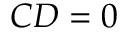
C D = 0